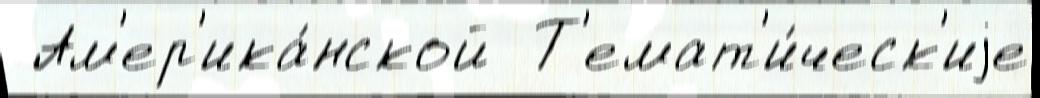
 Ам'ер'ика́нской  Т'емат'и́ческ'иjе